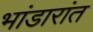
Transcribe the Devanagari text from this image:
भांडारांत